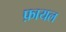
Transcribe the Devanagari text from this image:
फ़ायल